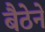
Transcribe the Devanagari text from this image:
बैठेने